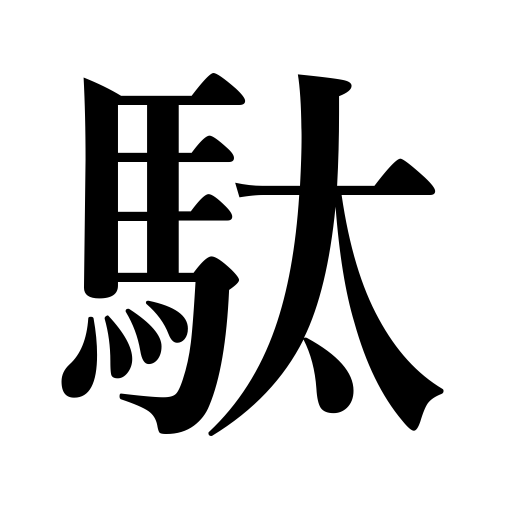
Meanings: horse load,pack horse,sending by horses